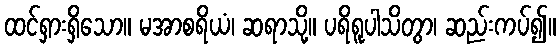
ထင်ရှားရှိသော။ မအာစရိယံ၊ ဆရာသို့။ ပရိရူပါသိတွာ၊ ဆည်းကပ်၍။